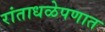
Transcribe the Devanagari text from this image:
रांताधळेपणात